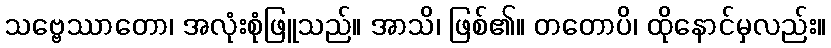
သဗ္ဗေဿာတော၊ အလုံးစုံဖြူသည်။ အာသိ၊ ဖြစ်၏။ တတောပိ၊ ထိုနောင်မှလည်း။